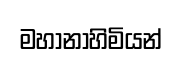
මහානාහිමියන්